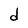
Character: d